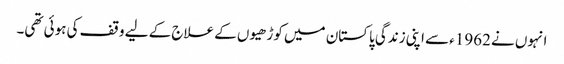
انہوں نے 1962ء سے اپنی زندگی پاکستان میں کوڑھیوں کے علاج کے لیے وقف کی ہوئی تھی۔